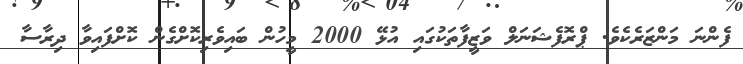
ފެންނަ މަންޒަރެކެވެ. ޕްރޮފެޝަނަލް ވަޒީފާތަކުގައި އުޅޭ 2000 މީހުން ބައިވެރިކޮށްގެން ކޮށްފައިވާ ދިރާސާ